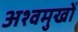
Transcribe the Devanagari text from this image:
अश्वमुखों